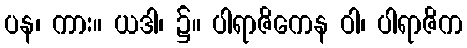
ပန၊ ကား။ ယဒါ၊ ၌။ ပါရာဇိကေန ဝါ၊ ပါရာဇိက